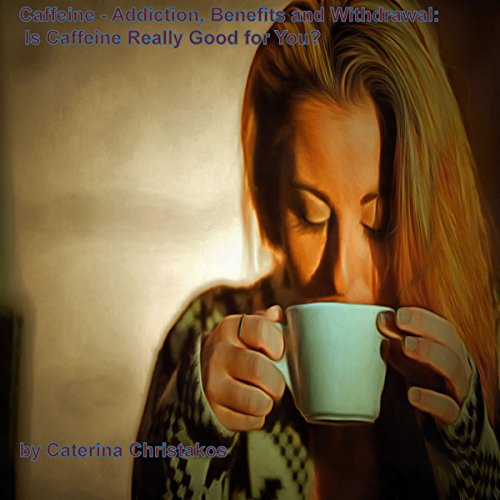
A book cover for Caffeine - Addiction, Benefits, and Withdrawal: Is Caffeine Really Good for You?; Caterina Christakos; Health, Fitness & Dieting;